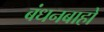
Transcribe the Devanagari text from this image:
बंधनबाहो